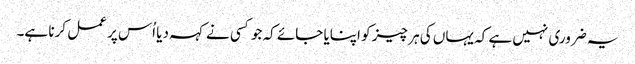
یہ ضروری نہیں ہے کہ یہاں کی ہر چیز کو اپنایا جائے کہ جو کسی نے کہہ دیا اُس پر عمل کرنا ہے۔